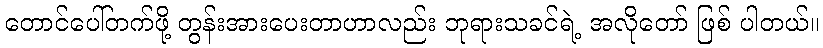
တောင်ပေါ်တက်ဖို့ တွန်းအားပေးတာဟာလည်း ဘုရားသခင်ရဲ့ အလိုတော် ဖြစ် ပါတယ်။